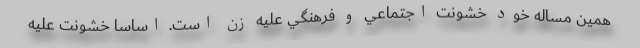
همين مساله خود خشونت اجتماعي و فرهنگي عليه زن است. اساسا خشونت عليه